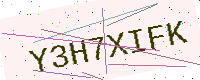
Text: Y3H7XIFK